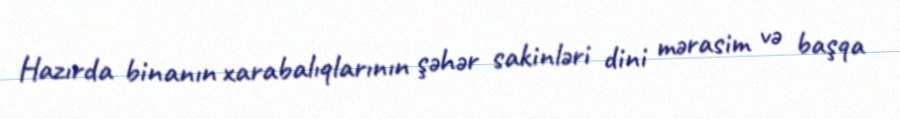
Hazırda binanın xarabalıqlarının şəhər sakinləri dini mərasim və başqa